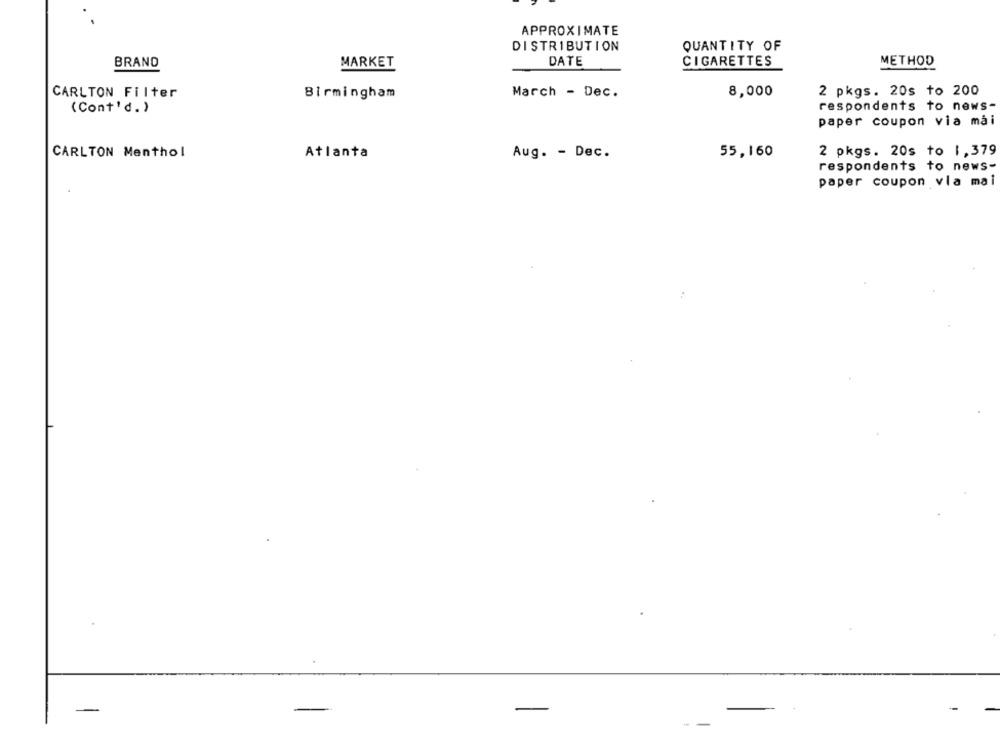
APPROXIMATE
DISTRIBUTION
QUANTITY OF
METHOD
BRAND
MARKET
DATE
CIGARETTES
CARLTON Filter
Birmingham
March - Dec.
8,000
2 pkgs. 20s to 200
(Cont'd. )
respondents to news-
paper coupon via mai
CARLTON Menthol
Atlanta
Aug. - Dec.
55,160
2 pkgs. 20s to 1,379
respondents to news-
paper coupon vla mai
-